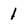
Character: 1